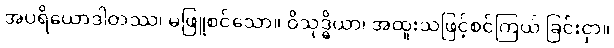
အပရိယောဒါတဿ၊ မဖြူစင်သော။ ဝိသုဒ္ဓိယာ၊ အထူးသဖြင့်စင်ကြယ် ခြင်းငှာ။